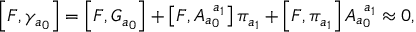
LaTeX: \left[ F , \gamma _ { a _ { 0 } } \right] = \left[ F , G _ { a _ { 0 } } \right] + \left[ F , A _ { a _ { 0 } } ^ { \; \; a _ { 1 } } \right] \pi _ { a _ { 1 } } + \left[ F , \pi _ { a _ { 1 } } \right] A _ { a _ { 0 } } ^ { \; \; a _ { 1 } } \approx 0 ,